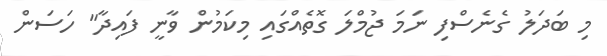
މި ބަދަލު ގެނެސްފި ނަމަ ޖުމްލަ ގޮތެއްގައި މިކަމުން ވާނީ ފައިދާ" ހަސަން